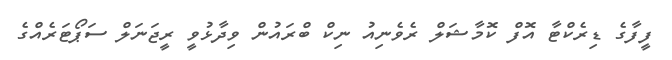
ފީފާގެ ޑިރެކްޓާ އޮފް ކޮމާޝަލް ރެވެނިއު ނިކް ބްރައުން ވިދާޅުވީ ރީޖަނަލް ސަޕޯޓަރެއްގެ